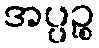
အပ္ပဉ္စ